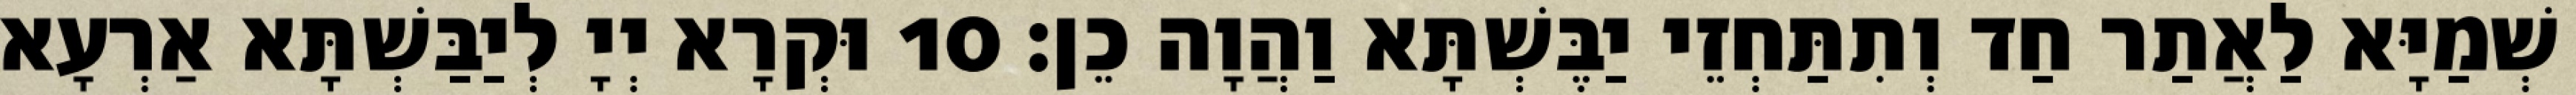
שְׁמַיָּא לַאֲתַר חַד וְתִתַּחְזֵי יַבֶּשְׁתָּא וַהֲוָה כֵן׃ 10 וּקְרָא יְיָ לְיַבַּשְׁתָּא אַרְעָא